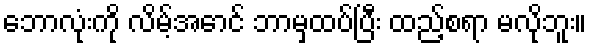
ဘောလုံးကို လိမ့်အောင် ဘာမှထပ်ပြီး ထည့်စရာ မလိုဘူး။